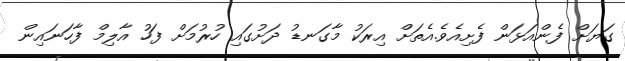
ގަޔަށް ފެންއަޅަން ފެށިއެވެ.އެތަށް އިރަކު މާގަނޑު ދަށުގައި ހުރުމަށް ފަހު އާލިމް ފާހަނައިން